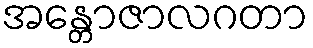
အန္တောဇာလဂတာ